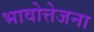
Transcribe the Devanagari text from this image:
भावोत्तेजना